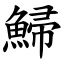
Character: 鯞